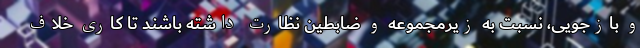
و بازجویی، نسبت به زیرمجموعه و ضابطین نظارت داشته باشند تا کاری خلاف